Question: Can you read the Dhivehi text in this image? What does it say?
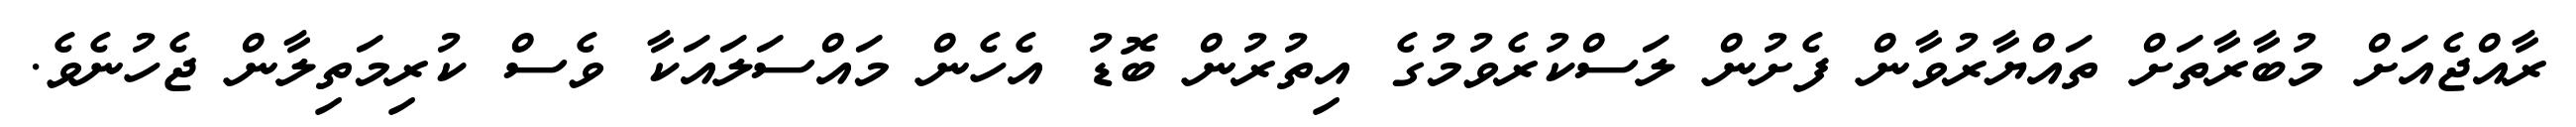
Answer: ރާއްޖެއަށް މުބާރާތަށް ތައްޔާރުވާން ފެށުން ލަސްކުރެވުމުގެ އިތުރުން ބޮޑު އެހެން މައްސަލައަކާ ވެސް ކުރިމަތިލާން ޖެހުނެވެ.